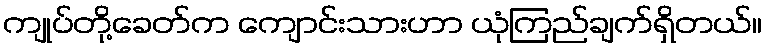
ကျုပ်တို့ခေတ်က ကျောင်းသားဟာ ယုံကြည်ချက်ရှိတယ်။